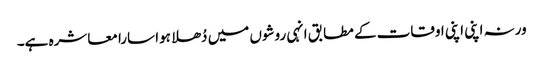
ورنہ اپنی اپنی اوقات کے مطابق انہی روشوں میں دُھلا ہوا سارا معاشرہ ہے۔